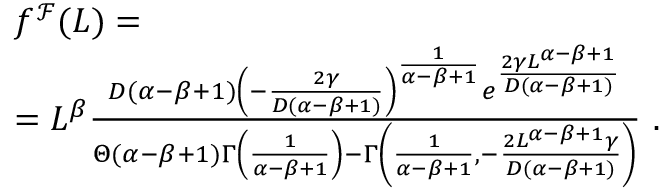
\begin{array} { r l } & { f ^ { \mathcal { F } } ( L ) = } \\ & { = L ^ { \beta } \frac { D ( \alpha - \beta + 1 ) \left( - \frac { 2 \gamma } { D ( \alpha - \beta + 1 ) } \right) ^ { \frac { 1 } { \alpha - \beta + 1 } } e ^ { \frac { 2 \gamma L ^ { \alpha - \beta + 1 } } { D ( \alpha - \beta + 1 ) } } } { \Theta ( \alpha - \beta + 1 ) \Gamma \left( \frac { 1 } { \alpha - \beta + 1 } \right) - \Gamma \left( \frac { 1 } { \alpha - \beta + 1 } , - \frac { 2 L ^ { \alpha - \beta + 1 } \gamma } { D ( \alpha - \beta + 1 ) } \right) } \ . } \end{array}